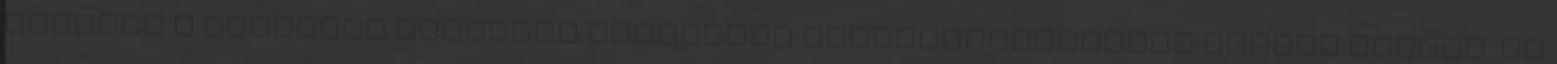
jobbára a közönség soraiból rögzített koncertfelvételek kaptak helyet. Az